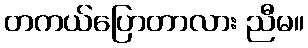
တကယ်ပြောတာလား ညီမ။